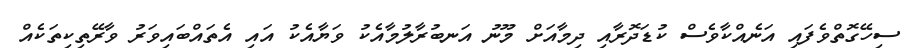
ސިހޭގޮތްވެފައި އަނެއްކާވެސް ކުޑަދޮރާއި ދިމާއަށް މޫނު އަނބުރާލުމާއެކު ވަޔާއެކު އައި އެތައްބައިވަރު ވާރޭތިކިތަކެއް